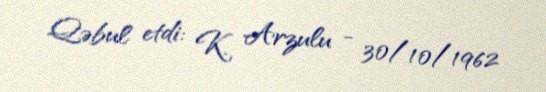
Qəbul etdi: K. Arzulu - 30/10/1962